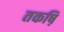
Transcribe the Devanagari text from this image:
तकष़ि